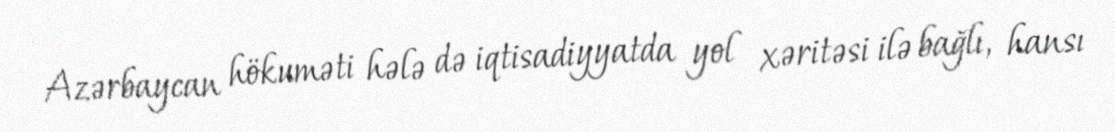
Azərbaycan hökuməti hələ də iqtisadiyyatda yol xəritəsi ilə bağlı, hansı